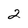
Character: 2